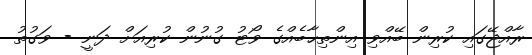
ރާއްޖޭގައި ކުރިން ބޭއްވި އިންތިޙާބެއްގެ ވޯޓު ގުނުން ކުރިއަށް ދަނީ - ވަގުތު